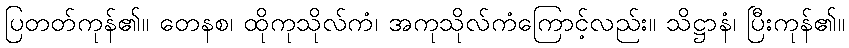
ပြတတ်ကုန်၏။ တေနစ၊ ထိုကုသိုလ်ကံ၊ အကုသိုလ်ကံကြောင့်လည်း။ သိဋ္ဌာနံ၊ ပြီးကုန်၏။